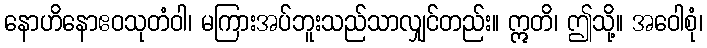
နောဟိနောဧဝသုတံဝါ၊ မကြားအပ်ဘူးသည်သာလျှင်တည်း။ ဣတိ၊ ဤသို့။ အဝေါစုံ၊